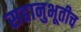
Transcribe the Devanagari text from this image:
सहानुभूतीच